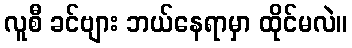
လူစီ ခင်ဗျား ဘယ်နေရာမှာ ထိုင်မလဲ။